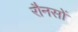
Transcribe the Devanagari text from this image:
रौनसों